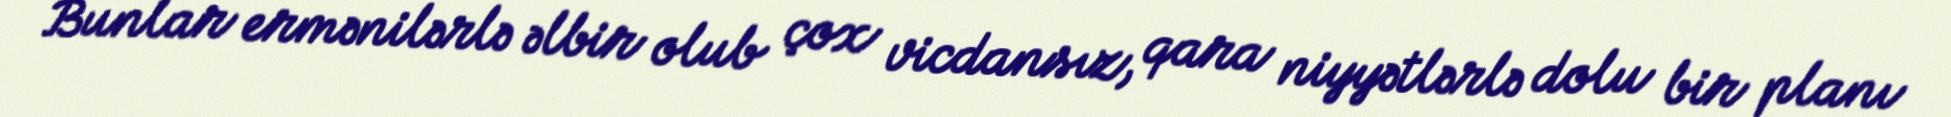
Bunlar ermənilərlə əlbir olub çox vicdansız, qara niyyətlərlə dolu bir planı